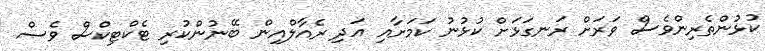
ކުޅުންތެރިންވެސް ވަރަށް ރަނގަޅަށް ކުޅުނު ކަމަށާއި އަދި ރެއާލްއިން ބޭނުންކުރި ޓެކްޓިކްސް ވެސް